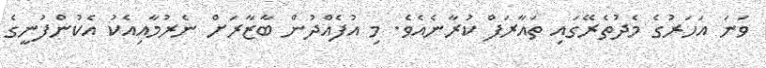
ވަނަ އަހަރުގެ މެދުތެރޭގައި ތައާރަފް ކުރާނެއެވެ. މި އުފެއްދުން ބާޒާރަށް ނެރުމާއިއެކު އެކުންފުނީގެ